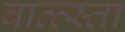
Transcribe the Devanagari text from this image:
बात्त्स्ता